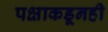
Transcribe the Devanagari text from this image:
पक्षाकडूनही